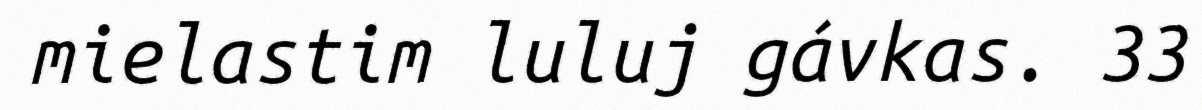
mielastim luluj gávkas. 33